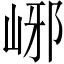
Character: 峫